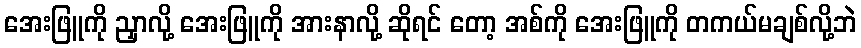
အေးဖြူကို ညှာလို့ အေးဖြူကို အားနာလို့ ဆိုရင် တော့ အစ်ကို အေးဖြူကို တကယ်မချစ်လို့ဘဲ